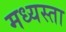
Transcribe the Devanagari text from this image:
मध्‍यस्ता